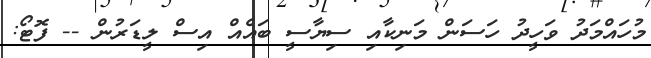
މުހައްމަދު ވަހީދު ހަސަން މަނިކާއި ސިޔާސީ ބައެއް އިސް ލީޑަރުން -- ފޮޓޯ: